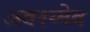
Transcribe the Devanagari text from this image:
अवश्य्मेव